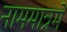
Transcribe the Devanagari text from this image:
नाममात्रमे